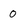
Character: o